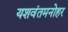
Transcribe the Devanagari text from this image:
यशवंतमनोहर